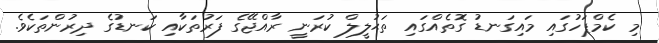
މި ކެމްޕަހުގައި މައިގަނޑު ގޮތެއްގައި ތަޙުލީލް ކުރަނީ ރާއްޖޭގެ ފަރުތަކާއި ކަނޑުގެ ދިރުންތަކެވެ.